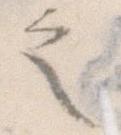
之